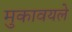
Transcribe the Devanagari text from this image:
मुकावयले